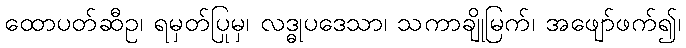
ထောပတ်ဆီဥ၊ ရမှတ်ပြုမှ၊ လဒ္ဓုပဒေသာ၊ သကာချိုမြက်၊ အဖျော်ဖက်၍၊